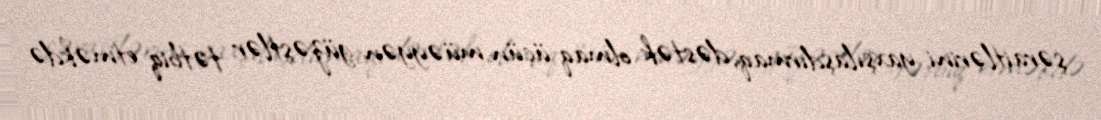
şəraitlərini yaxşılaşdırmaq, dəstək olmaq üçün müəyyən güzəştlər tətbiq etməkdə